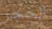
الحجر